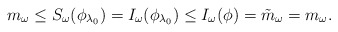
\begin{align*}m_\omega \leq S_\omega(\phi_{\lambda_0}) =I_\omega(\phi_{\lambda_0}) \leq I_\omega(\phi) =\tilde{m}_\omega = m_\omega.\end{align*}